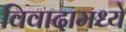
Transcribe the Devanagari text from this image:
विवादामध्ये